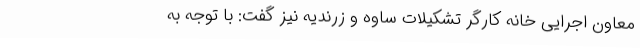
معاون اجرایی خانه کارگر تشکیلات ساوه و زرندیه نیز گفت: با توجه به